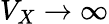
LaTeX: V_{X}\rightarrow\infty